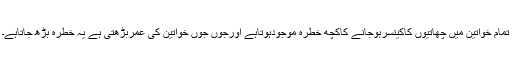
تمام خواتین میں چھاتیوں کاکینسرہوجانے کاکچھ خطرہ موجودہوتاہے اورجوں جوں خواتین کی عمربڑھتی ہے یہ خطرہ بڑھ جاتاہے۔